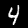
Digit: 4